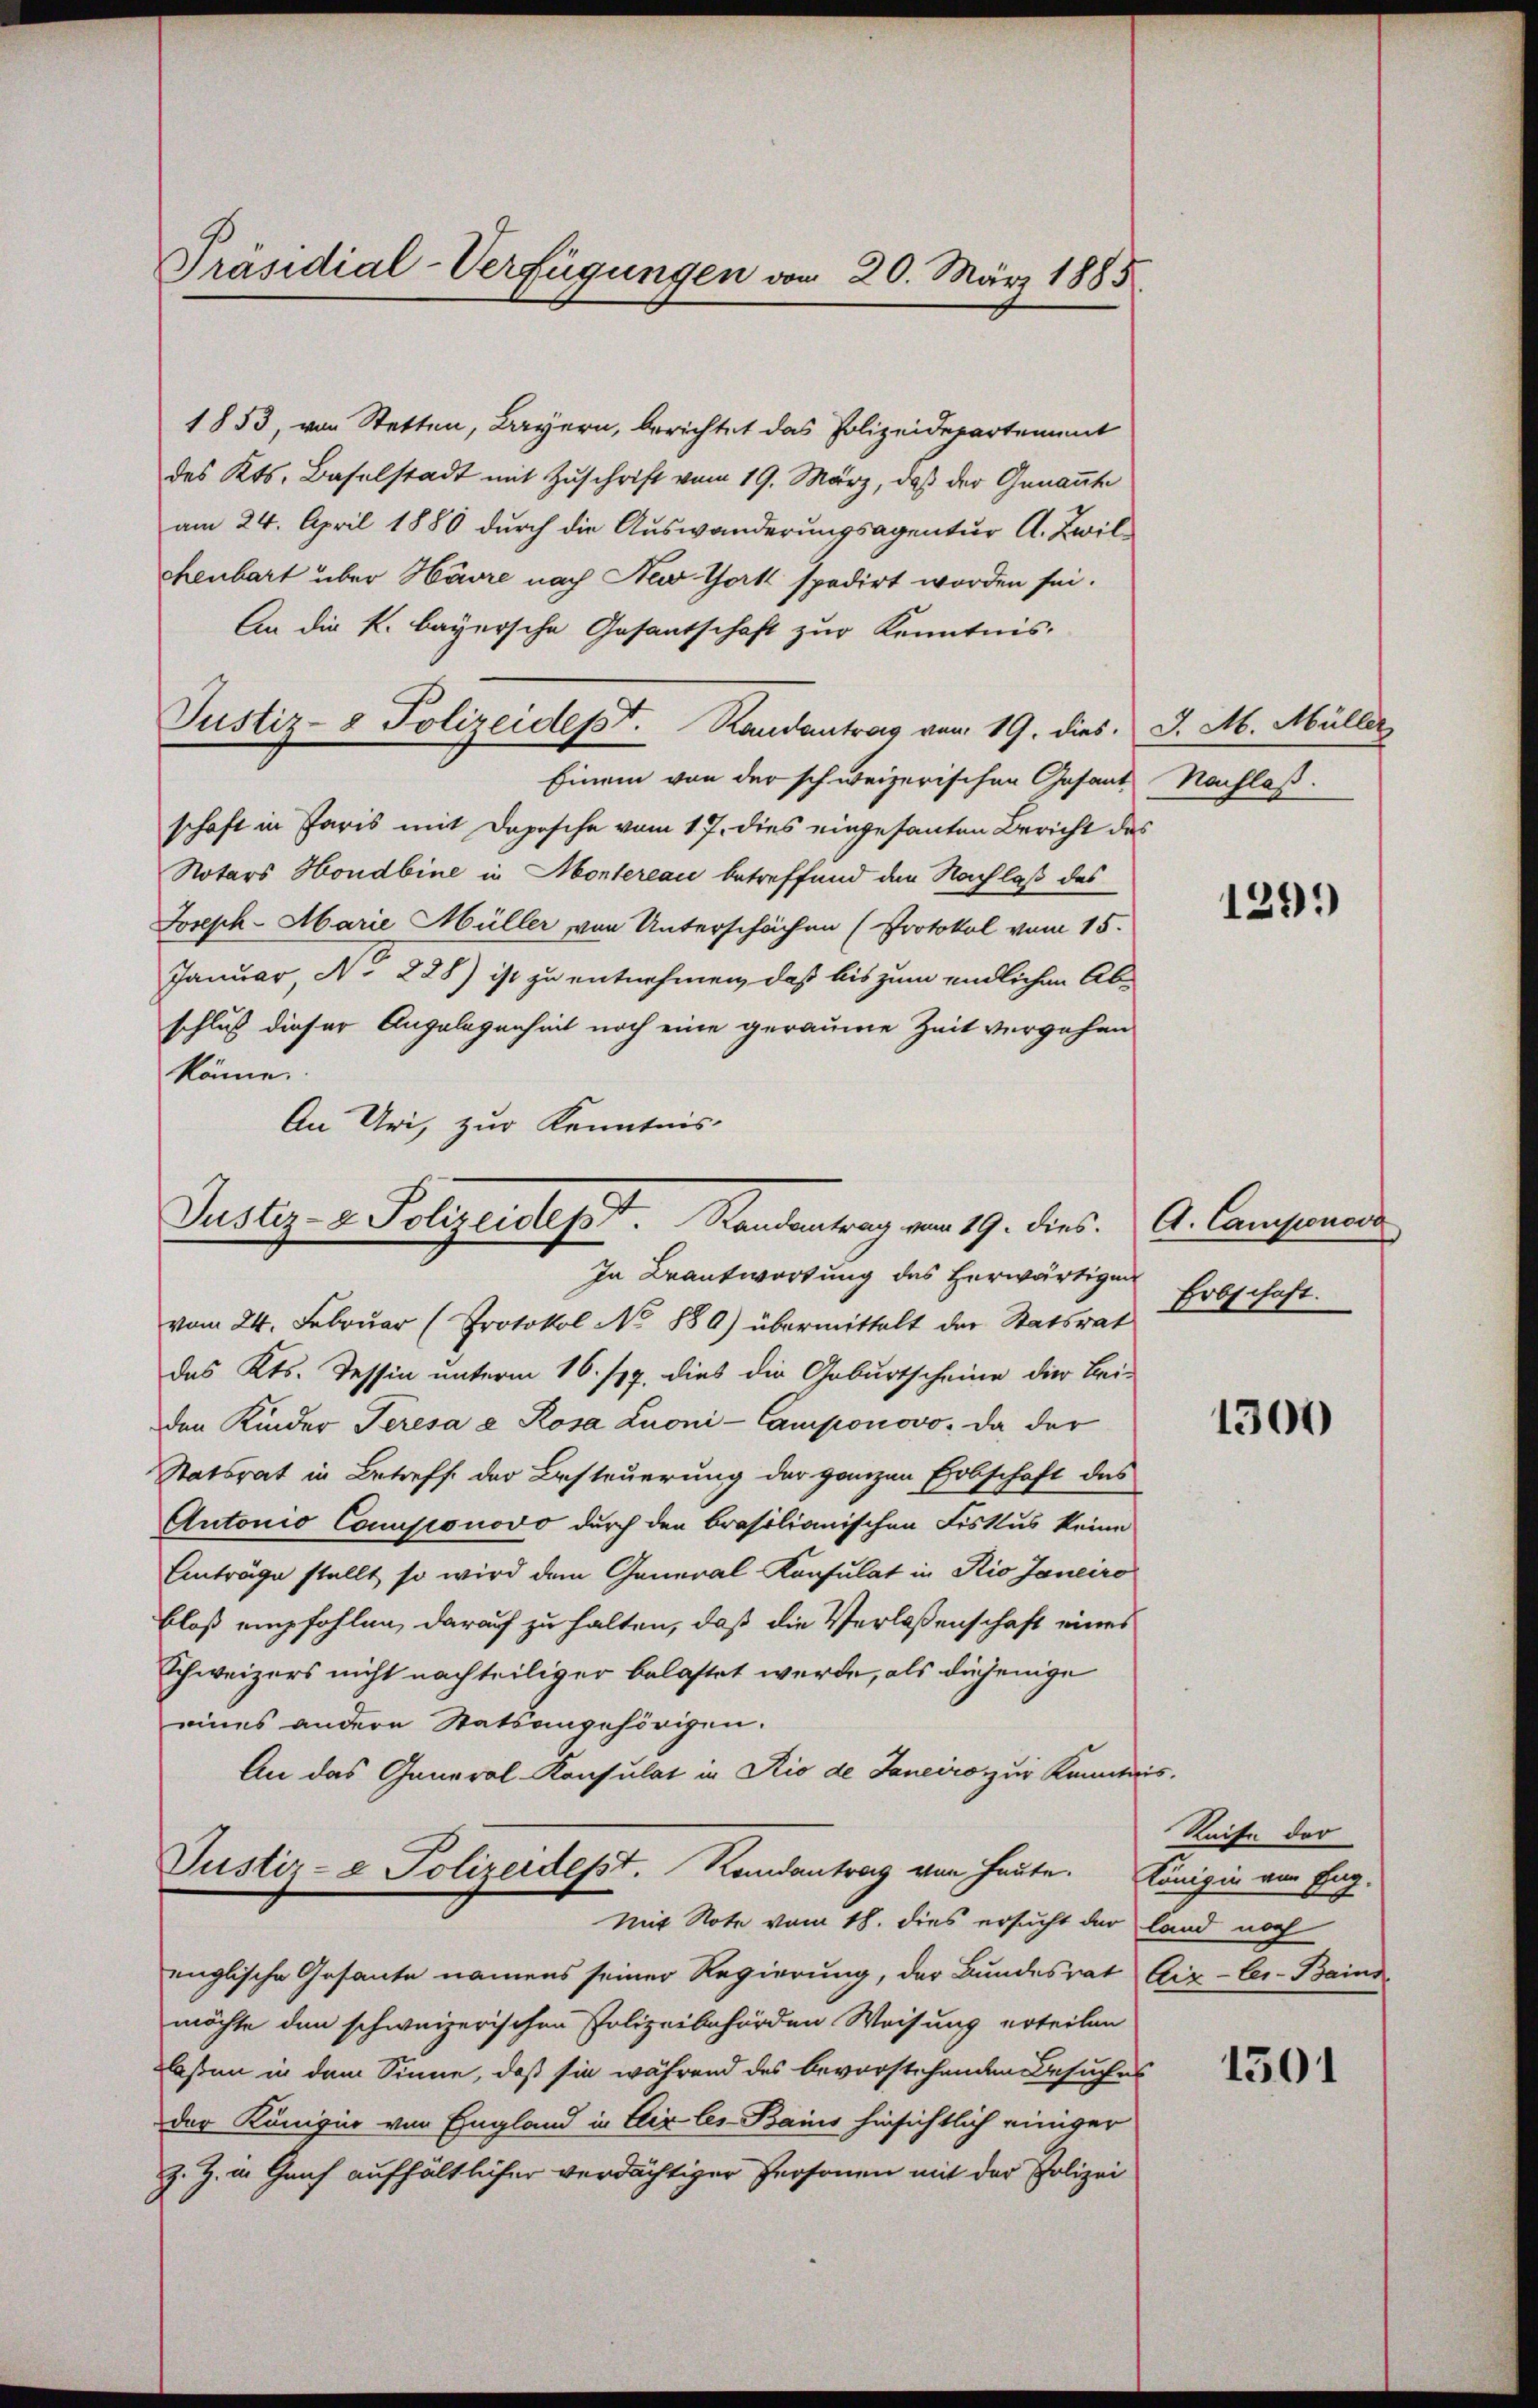
Präsidial-Verfügungen von 20. März 1885

Justiz- & Polizeidet. Handentrag vom 19. dies.

1853, von Stetten, Bayern, berichtet das Polizeidepartement
des Kts. Baselstadt mit Zuschrift vom 19. März, daß der Genannte
am 24. April 1880 durch die Auswanderungsagentur A. Zwil
chenbart über Härre nach New York spedirt worden sei.
An die k. bayersche Gesantschaft zur Kenntnis.
Justiz- & Polizeidept. Randantrag vom 19. dies. J. M. Müller
Einem von der schweizerischen Gesant
schaft in Paris mit Dopische vom 17. dies eingesanten Bericht das
Notars Hondbine in Montereau betreffend den Nachlaß des
Joseph-Marie Müller von Unterschächen (Protokol vom 15.
Januar, N. 228) ist zu entnehmen, daß bis zum endlichen Ab-
schluß dieser Angelegenheit noch eine geraume Zeit vergehen
könne.
An Uri, zur Kenntnis
In Beantwortung des herwärtigen
vom 24. Februar (Protokol No 880) übermittelt der Statsrat
das Kts. Tessin unterm 16./17. dies die Geburtscheine die Bei-
den Kinder Teresa a Rosa Luoni-Camponovo. Da der
Statsrat in Betreff der Besteuerung der ganzen Erbschaft des
Autonio Componovo durch den brasilianischen Fiskus keine
Anträge stellt, so wird dem General-Konsulat in Rio Janeiro
bloß empfohlen, darauf zu halten, daß die Verlassenschaft eines
Schweizers nicht nachteiliger belastet werde, als diejenige
eines andere Statsangehörigen.
An das General-Konsulat in Rio de Janeiro zur Kenntnis.
Justiz- & Polizeidept. Randantrag von heute. Königin von Eng-
Mit Note vom 18. dies ersucht der
englische Gesante namens seiner Regierung, der Bundesrat Aix-les-Bains
möchte den schweizerischen Polizeibehörden Weisung erteilen
laßen in dem Sinne, daß sie während des bevorstehenden Besuches
der Königier von England in Aix les-Bains hinsichtlich einiger
Z. Z. u. Genf aufhältlicher verdächtiger Personen mit der Polizei

Nachlaß.

1299

A. Camponova
Erbschaft.

1300

Reise der
land noch

1501